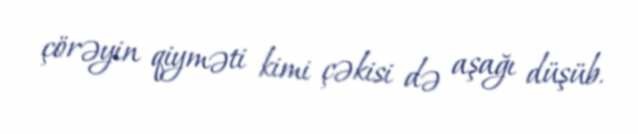
çörəyin qiyməti kimi çəkisi də aşağı düşüb.